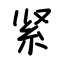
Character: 紧